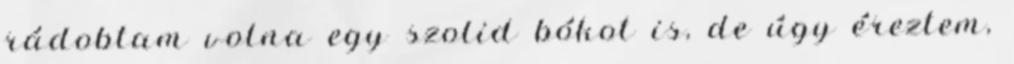
rádobtam volna egy szolid bókot is, de úgy éreztem,